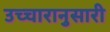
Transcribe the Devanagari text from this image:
उच्चारानुसारी